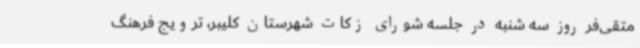
متقی‌فر روز سه شنبه در جلسه شورای زکات شهرستان کلیبر، ترویج فرهنگ